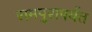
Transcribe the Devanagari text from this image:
रामपुरापर्यंत